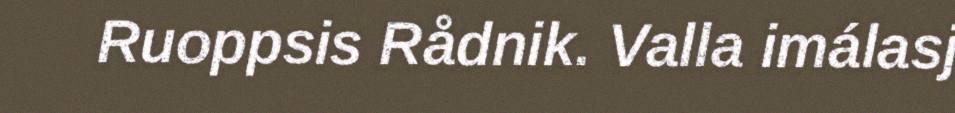
Ruoppsis Rådnik. Valla imálasj